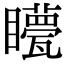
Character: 𥌯